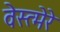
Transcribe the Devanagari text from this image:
वेस्त्मेरे